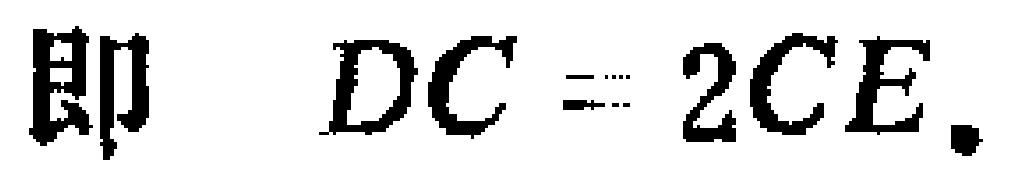
即 \(DC = 2CE.\)